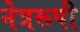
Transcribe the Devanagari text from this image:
नेत्ररूपी